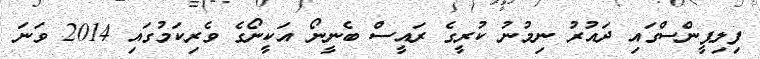
ފިލިޕީންސްގައި ދައުރު ނިމުނު ކުރީގެ ރައީސް ބެނީނޯ އަކީނޯގެ ވެރިކަމުގައި 2014 ވަނަ